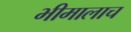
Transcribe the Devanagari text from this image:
भीमालाच